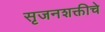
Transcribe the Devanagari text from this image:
सृजनशक्तीचे